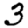
Digit: 3